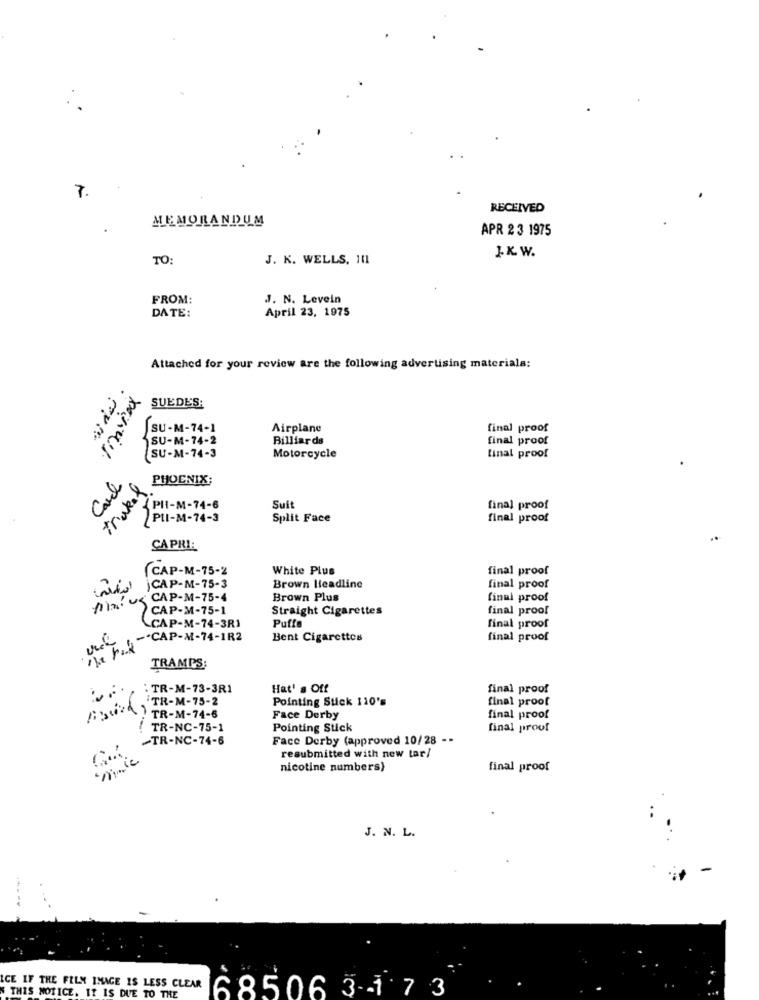
7.
RECEIVED
MEMORANDUM
APR 2 3 1975
J.K W.
TO:
J. K. WELLS, 111
FROM:
J. N. Levein
DATE:
April 23, 1975
Attached for your review are the following advertising materials:
Timex
SUEDES:
SU-M-74-1
Airplane
final proof
SU-M-74-2
Billiards
final proof
SU-M-74-3
Motorcycle
final proof
Carl
PHOENIX;
trakat
PII-M-74-6
Suit
final proof
PII-M-74-3
Split Face
final proof
CAPRI:
CAP-M-75-2
White Plus
final proof
jCAP-M-75-3
Brown Headline
final proof
Ahniuk CAP-M-75-4
Brown Plus
final proof
CAP-M-75-1
Straight Cigarettes
final proof
CAP-M-74-3R1
Puffe
final proof
-"CAP-M-74-1R2
Bent Cigarettes
final proof
TRAMP'S:
: TR-M-73-3R1
Hat' s Off
final proof
TR-M-75-2
Pointing Stick 110's
final proof
TR-M-74-6
Face Derby
final proof
TR-NC-75-1
Pointing Stick
final proof
-TR-NC-74-6
Face Derby (approved 10/28 --
resubmitted with new tar/
nicotine numbers)
final proof
J. N. L.
LCE IF THE FILM IMAGE IS LESS CLEAR
68506 3-1 73
THIS NOTICE. IT IS DUE TO THE